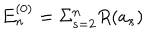
E _ { n } ^ { ( 0 ) } = \Sigma _ { s = 2 } ^ { n } R ( a _ { s } )